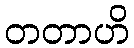
တတာဟိ